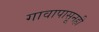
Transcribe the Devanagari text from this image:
गावापासूनही